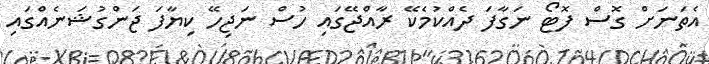
އެތަނަށް ގޮސް ފޮޓޯ ނަގާފަ ދެއްކުމެކޭ ރާއްޖޭގައި ހުސް ނަޖިހޭ ކިޔާފަ ޖަންގުޝަނެއްގައި